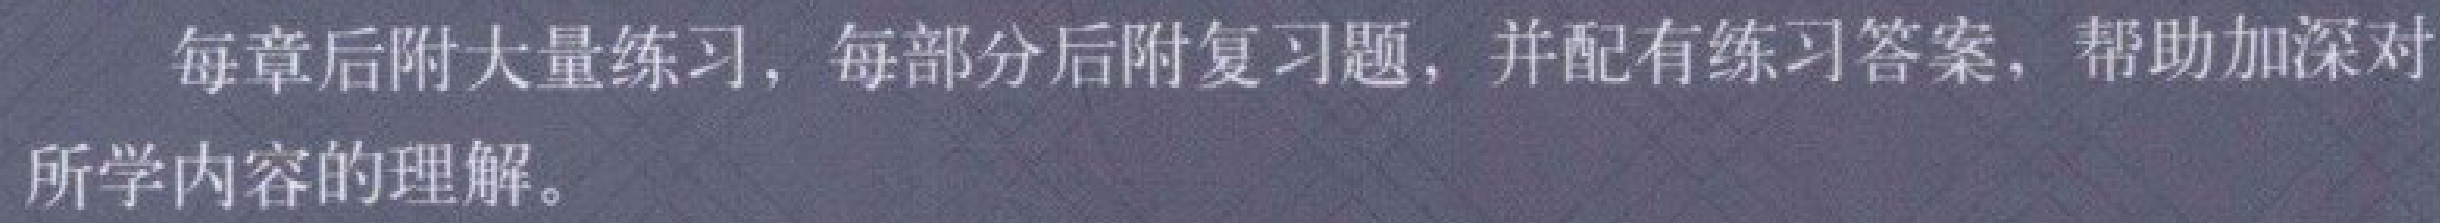
每章后附大量练习，每部分后附复习题，并配有练习答案，帮助加深对所学内容的理解。